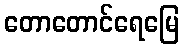
တောတောင်ရေမြေ